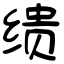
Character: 缋